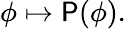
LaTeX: \phi\mapsto\mathsf{P}(\phi).